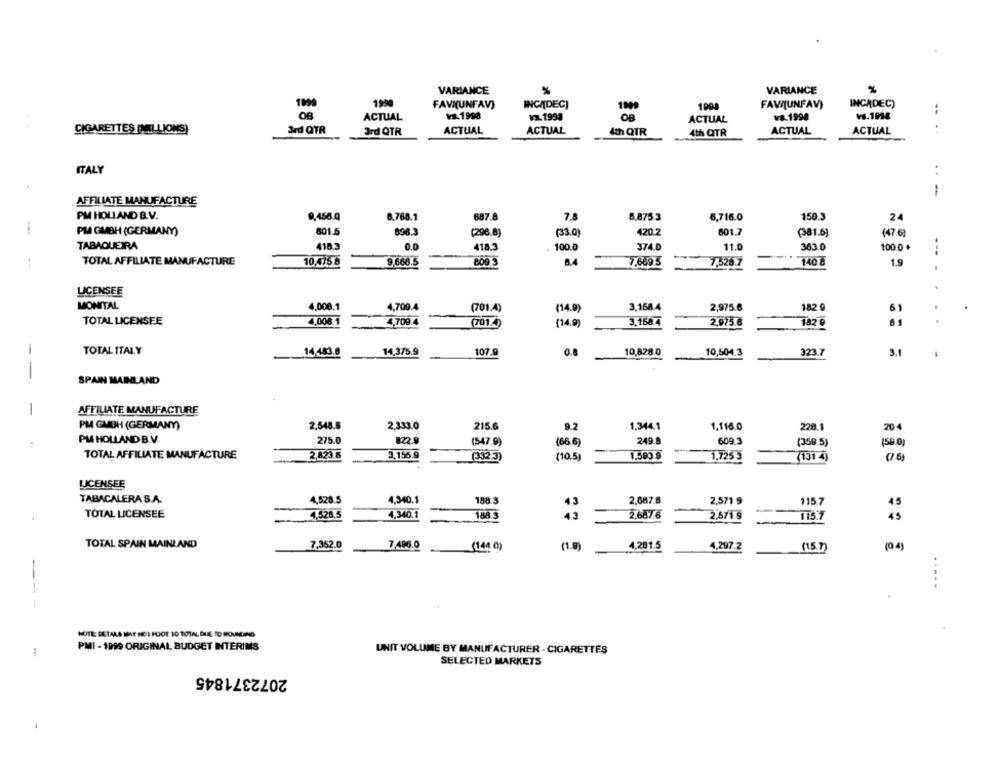
VARIANCE
VARIANCE
1999
199
FAVNUNFAV)
INCADEC)
1999
1008
FAVIJUNFAV)
INCADEC)
ACTUAL
Vs.1998
v3. 1993
v&.1998
vs.1938
ACTUAL
CIGARETTES (MILLIONS)
3rd QTR
Ord QTR
ACTUAL
ACTUAL
4th QIR
ACTUAL
ACTUAL
4th QTR
ITALY
. .
AFFILIATE MANUFACTURE
PM HOLLAND B.V.
9,456.0
6,768.1
7.8
6,875.3
6,716.0
150.3
687.8
24
-
PM GMBH (GERMANY)
601.5
896.3
(296.8)
420.2
801.7
(33.0)
(381.6)
(47.6)
TABAQUEIRA
4103
0.0
418.3
100.0
374.0
11.0
363.0
100.0 +
---
TOTAL AFFILIATE MANUFACTURE
10.475 8
9.666.5
8.4
7,669 5
140 8
1.9
...
809 3
LICENSEE
MONITAL
4,008.1
4,709.4
(701.4)
3,158.4
2,975.6
182 9
(14.9)
61
TOTAL LICENSEE
4,008.1
4,709.4
(701.4)
(14.9)
3,158.4
2.975.6
183 9
61
-
TOTAL ITALY
14,483.8
14,375.9
107.
0.8
10,828.0
10,604.3
323.7
3.
-
SPAIN MAINLAND
-
AFFILIATE MANUFACTURE
PM GMBH (GERMANY)
2.548.6
2,333.0
215.6
9.2
1,344.1
1.116.0
228.1
20
PM HOLLAND B.V.
249.8
275.0
822.9
(547.9)
(66 6)
609.3
(350.5)
(56.0
TOTAL AFFILIATE MANUFACTURE
2,823.6
3.155.9
-
1,593 9
-
(332.3)
(10.5)
1.725 3
(131 4)
( 6)
LICENSEE
TABACALERA S.A.
4,528.5
4,340.1
188.3
2,687.8
2,571 9
115.7
45
TOTAL LICENSEE
1,528.5
4.340.1
2.687.6
2.671.9
115.7
45
TOTAL SPAIN MAINLAND
7,352.0
7,496.0
(144 0)
(1.9
4,201.5
4,297.2
(15.7)
(0 4)
--
NOTE: BETALA MAY NOI FOOT TO TOTAL DUE TO ROUNDING
PMI - 1999 ORIGINAL BUDGET INTERIMS
UNIT VOLUME BY MANUFACTURER - CIGARETTES
SELECTED MARKETS
2072371845